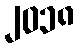
၂၀၁၈